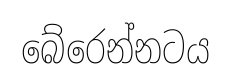
බේරෙන්නටය